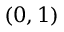
( 0 , 1 )